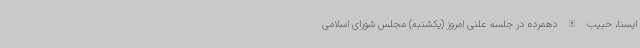
ایسنا، حبیب الله دهمرده در جلسه علنی امروز (یکشنبه) مجلس شورای اسلامی